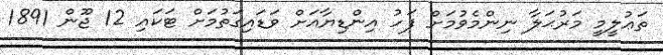
ތަޢުލީމީ މަރުޙަލާ ނިންމެވުމަށް ފަހު އިންޑިޔާއަށް ވަޑައިގަތުމަށް ޓަަކައި 12 ޖޫން 1891